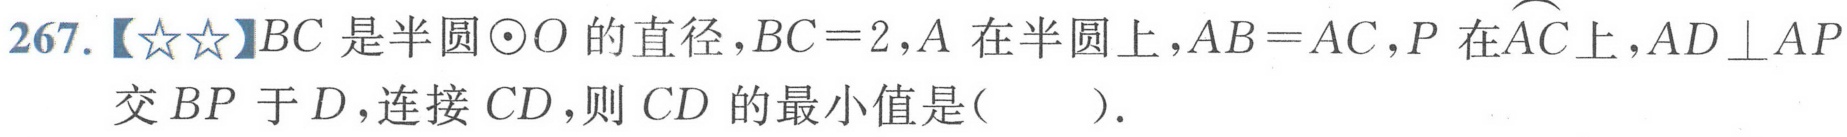
267.【☆☆】$BC$是半圆$\odot O$的直径，$BC = 2$，$A$在半圆上，$AB = AC$，$P$在$\overset{\frown}{AC}$上，$AD\perp AP$交$BP$于$D$，连接$CD$，则$CD$的最小值是( ).